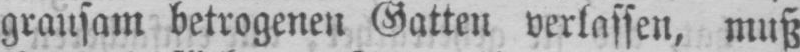
grausam betrogenen Gatten verlassen, muß